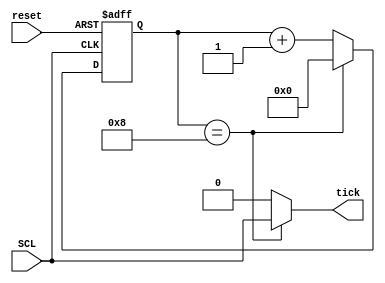
module posedge_counter
(
input SCL,reset,
output tick  
);
//signal declaration
reg [3:0] r_reg;
reg [3:0] r_next;
always @(posedge SCL or posedge reset) begin
    if (reset) 
        r_reg <= 0;
    else 
        r_reg <= r_next;
end
// Next State Logic
always @(*) begin
    if (r_reg == 8)
        r_next = 0;
    else
        r_next = r_reg + 1;
end
    

// output logic
assign tick = (r_reg==8) ? SCL : 1'b0;  // Clock Masking

endmodule